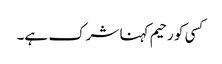
کسی کو رحیم کہنا شرک ہے۔